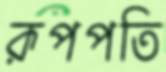
রূপপতি